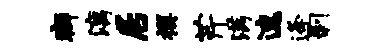
癖漓居撰芹满速逄剥